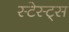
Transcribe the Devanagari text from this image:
स्टेस्ट्स